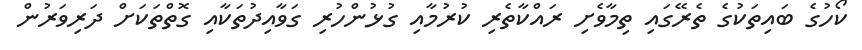
ކޯހުގެ ބައިތަކުގެ ތެރޭގައި ތިމާވެށި ރައްކާތެރި ކުރުމާއި ގުޅުންހުރި ގަވާއިދުތަކާއި ގޮތްތަކަށް ދަރިވަރުން